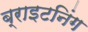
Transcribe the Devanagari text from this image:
ब्राइटनिंग